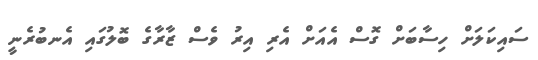
ސައިކަލަށް ހިސާބަށް ގޮސް އެއަށް އެރި އިރު ވެސް ޒާރާގެ ބޮލުގައި އެނބުރެނީ